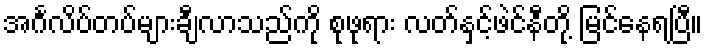
အင်္ဂလိပ်တပ်များချီလာသည်ကို စုဖုရား လတ်နှင့်ဖဲင်နီတို့ မြင်နေရပြီ။